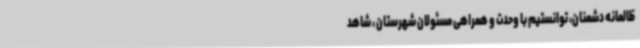
ظالمانه دشمنان، توانستیم با وحدت و همراهی مسئولان شهرستان ، شاهد